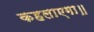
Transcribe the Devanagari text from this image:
कहलाएगा॥